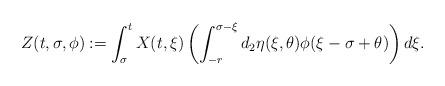
LaTeX: \begin{align*}Z(t,\sigma, \phi) := \int_{\sigma}^t X(t,\xi) \left( \int_{-r}^{\sigma - \xi} d_2 \eta(\xi, \theta) \phi(\xi - \sigma + \theta) \right) d \xi.\end{align*}